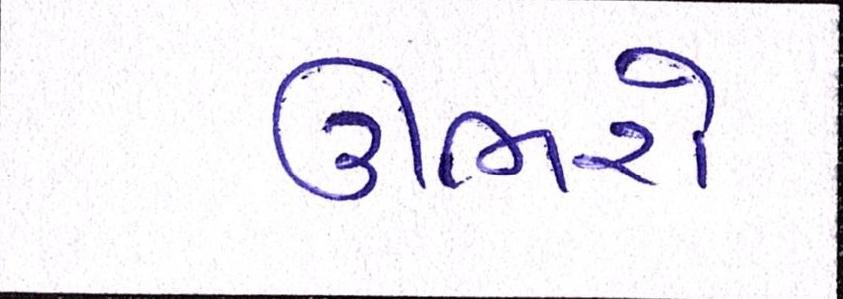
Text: ઊભરો